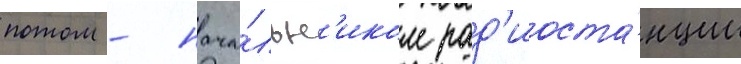
потом - нача́льн'иком рад'иоста́нции